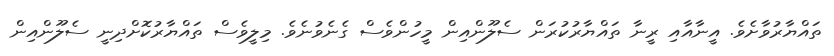
ތައްޔާރުވާށެވެ. އީނާއާއި ރީނާ ތައްޔާރުކުރަން ސެލޫންއިން މީހުންވެސް ގެނެވުނެވެ. މިލީވެސް ތައްޔާރުކޮށްދިނީ ސެލޫންއިން